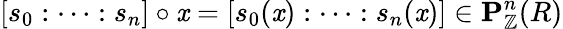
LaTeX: [s_{0}:\cdots:s_{n}]\circ\mathit{x}=[s_{0}(\mathit{x}):\cdots:s_{n}(\mathit{x})]\in\mathbf{{P}}_{\mathbb{{Z}}}^{n}(R)